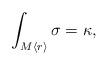
LaTeX: \begin{align*}\int_{M\langle r\rangle} \sigma=\kappa,\end{align*}